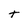
Character: t